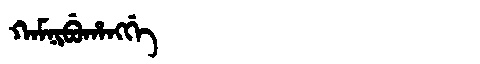
Manchu: ᡴᠠᠮᠨᡳᠪᡠᡥᠠᠩᡤᡝ
Romanization: KAMNIBUHANGGE